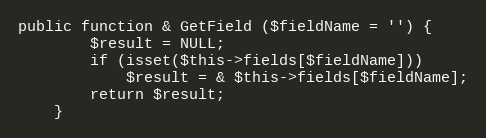
Language: PHP
public function & GetField ($fieldName = '') {
		$result = NULL;
		if (isset($this->fields[$fieldName]))
			$result = & $this->fields[$fieldName];
		return $result;
	}